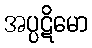
အပ္ပဋိမော